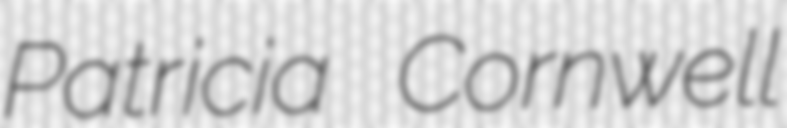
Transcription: Patricia Cornwell